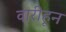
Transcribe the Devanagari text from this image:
वारीहून